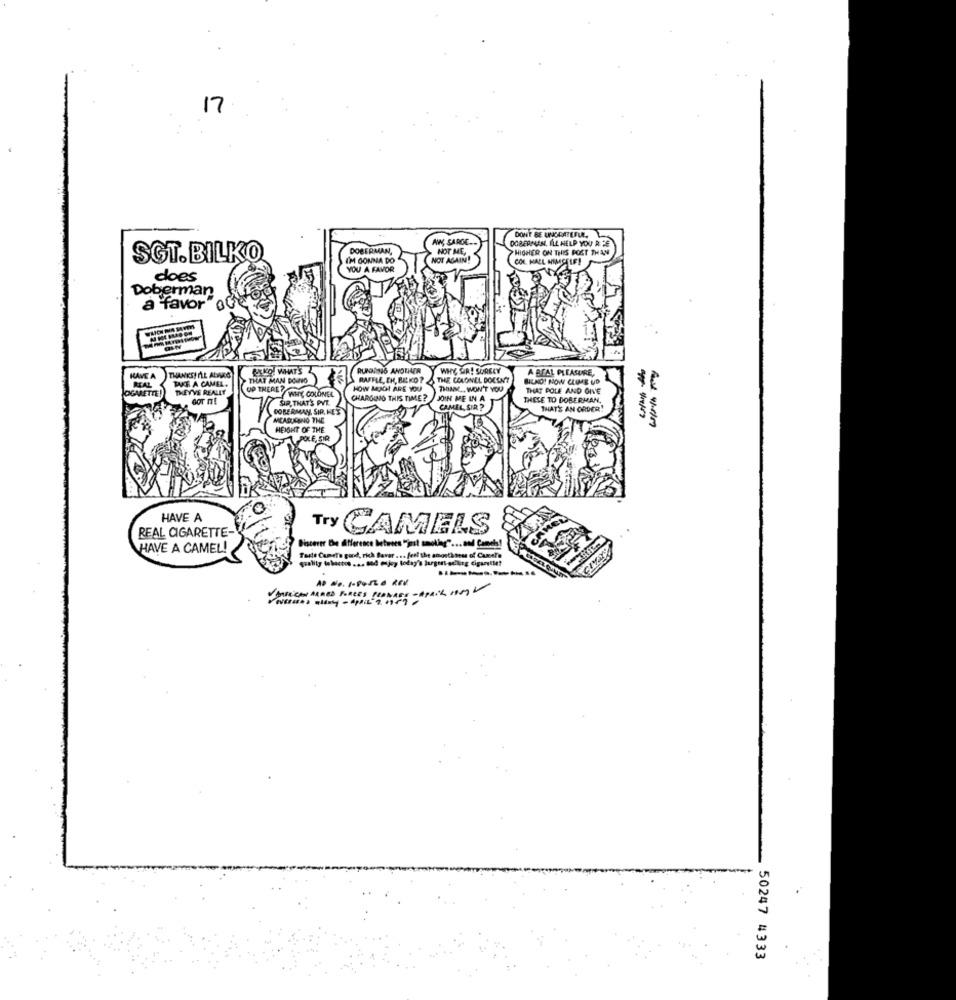
17
DON'T BE UNGRATEFUL,
AWN, SAROC ...
DOBERMAN, ILL HELP YOU R FE
DOBERMAN,
NOT ME,
HIGHER ON THIS POST THAN
SGT.BILKO
I'M GONNA DO
NOT AGAIN!
COL. HALL HIMCELE!
YOU A FAVOR
cloes
Doberman
a favor " ou
PULKO WHAT'S
RUNDAN6 ANDTALER
WHY SIR! SURELY
A BEAL PLEASURE,
HAVE A
REAL
THANKS! ALL ALINCS
TAKE A CAMEL.
THAT MAN DO-PO
RAFFLE, TH, BELKO?
THE COLONEL DOCENT
BILKO! NOW CLIME UD
CIGARETTE!
THEY'VE REALLY
UP THERE?
WHY COLONEL
HOW MUCH ARE YOU
THAN .. WON'T YOU
THAT POLE AND GIVE
SIR, THAT'S PVT.
CHARGING THIS TIME?
JOIN ME IN A
THESE TO DOBERMAN.
DOBERMAN, SIR, HET
CAMEL SIR ?
THAT'S AN ORDER!
MEASURING THE
HEIGHT OF THE
POLE, SIR
0
HAVE A
REAL CIGARETTE-
Try CAMELS
Discover The difference between "jest smoking" ... and Cooch!
HAVE A CAMEL!
CIYA
Toale Comet's good, rich Baver . .. feel the anosthou of Camel's
quality tobaccos ... Bod enjoy today's largest-selling cigaretlet
-------
AD Ne. I-PorLe REV
VARRECEN ARMED FORCES BLANKES- APRIL 1ST/
50247 #333